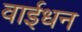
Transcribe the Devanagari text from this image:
वाईधन